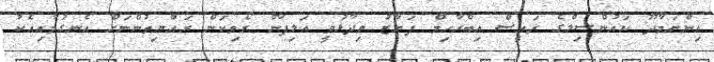
އިންނަމާދޫ ކައުންސިލްގެ ރައީސް އިބްރާހިމް ފަޔާޒު ވިދާޅުވީ އަލިފާން ރޯވިކަން ރައްޔިތުންނަށް އެނގުމާއިއެކު